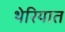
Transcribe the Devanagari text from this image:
थेरियात